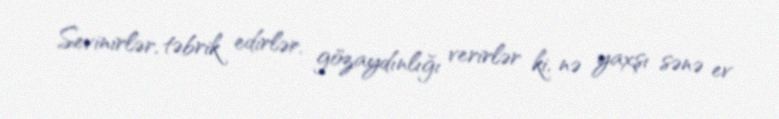
Sevinirlər, təbrik edirlər, gözaydınlığı verirlər ki, nə yaxşı sənə ev